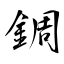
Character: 錭